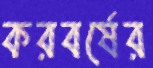
করবর্ষের